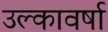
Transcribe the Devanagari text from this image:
उल्कावर्षा